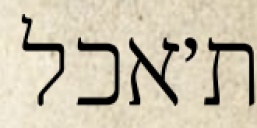
ת׳אכל